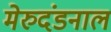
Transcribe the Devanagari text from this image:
मेरुदंडनाल